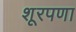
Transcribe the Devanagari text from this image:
शूरपणा